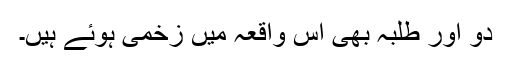
دو اور طلبہ بھی اس واقعہ میں زخمی ہوئے ہیں۔